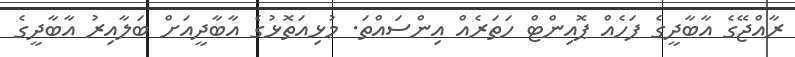
ރާއްޖޭގެ އާބާދީގެ ފަހެއް ޕޮއިންޓް ހަތަރެއް އިންސައްތަ. މުޅިއަތޮޅުގެ އާބާދީއަށް ބަލާއިރު އާބާދީގެ